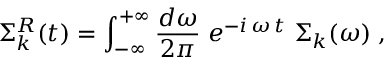
\Sigma _ { k } ^ { R } ( t ) = \int _ { - \infty } ^ { + \infty } \frac { d \omega } { 2 \pi } \; e ^ { - i \, \omega \, t } \; { \Sigma } _ { k } ( \omega ) \; ,